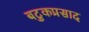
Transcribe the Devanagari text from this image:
बटुकप्रसाद